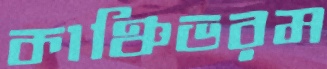
কাঞ্চিভরম